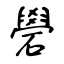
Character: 礐